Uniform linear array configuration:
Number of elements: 48
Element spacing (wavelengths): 0.75
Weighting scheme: kaiser
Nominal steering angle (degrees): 0
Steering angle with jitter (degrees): -0.3996
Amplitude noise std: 0.05
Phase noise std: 0.05

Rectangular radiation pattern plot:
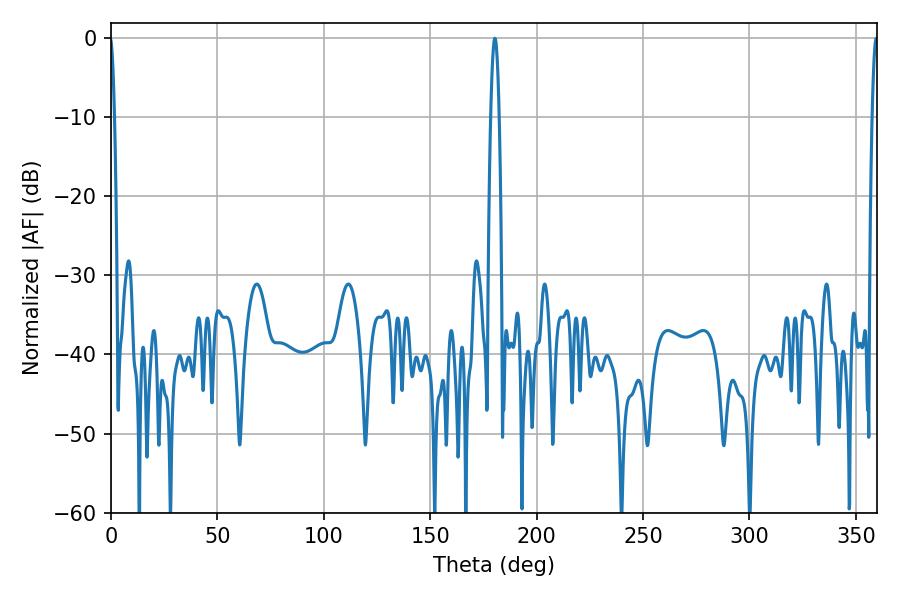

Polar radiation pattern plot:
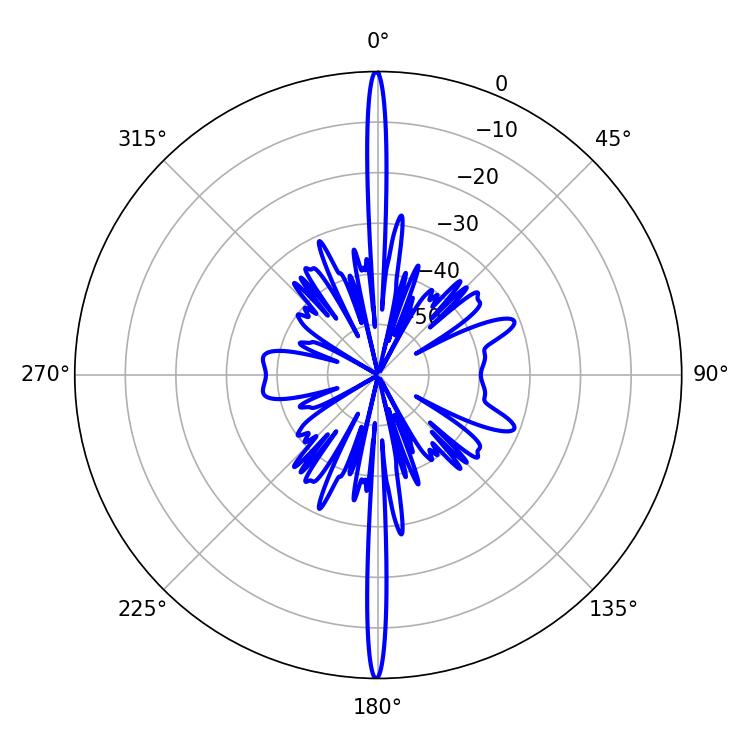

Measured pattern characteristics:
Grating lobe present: TRUE
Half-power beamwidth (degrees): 2.16
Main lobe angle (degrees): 180.36